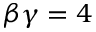
\beta \gamma = 4